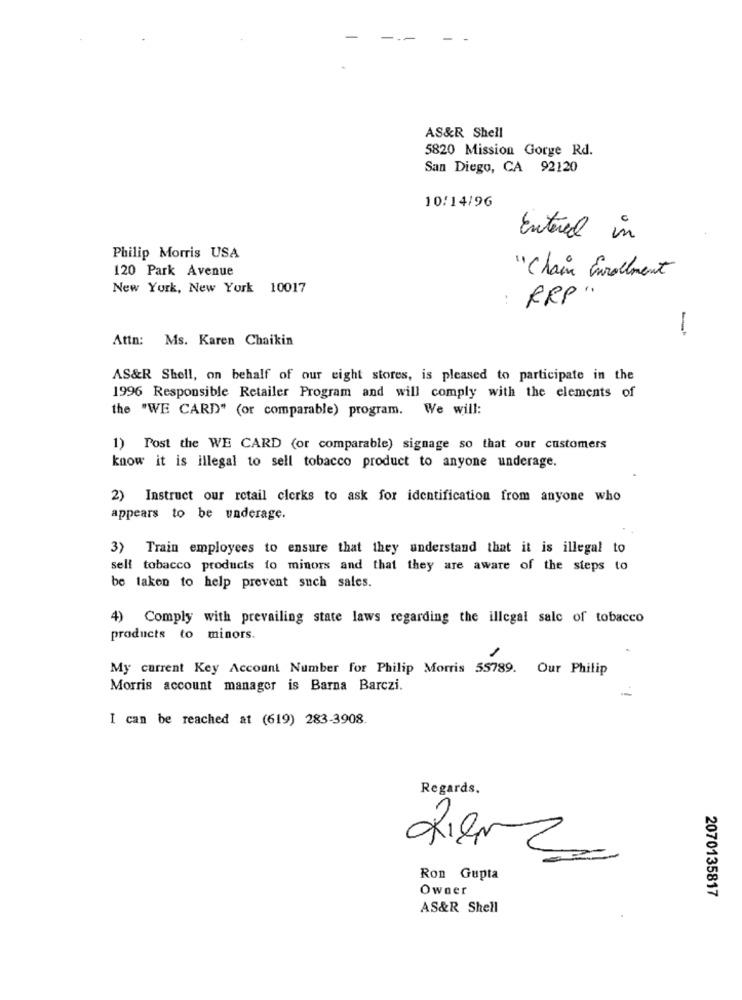
AS&R Shell
5820 Mission Gorge Rd.
San Diego, CA 92120
10/14/96
Entered in
Philip Morris USA
120 Park Avenue
"Chain Enrollment
New York, New York 10017
..
PRP"
Attn: Ms. Karen Chaikin
-
AS&R Shell, on behalf of our eight stores, is pleased to participate in the
1996 Responsible Retailer Program and will comply with the elements of
the "WE CARD" (or comparable) program. We will:
1) Post the WE CARD (or comparable) signage so that our customers
know it is illegal to sell tobacco product to anyone underage.
2) Instruct our retail clerks to ask for identification from anyone who
appears to be underage.
3) Train employees to ensure that they understand that it is illegal to
sell tobacco products to minors and that they are aware of the steps to
be taken to help prevent such sales.
4) Comply with prevailing state laws regarding the illegal salc of tobacco
products to minors.
My current Key Account Number for Philip Morris 55789. Our Philip
Morris account manager is Barna Barczi.
I can be reached at (619) 283-3908.
Regards.
Ron Gupta
Owner
2070135817
AS&R Shell